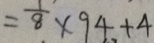
= \frac { 1 } { 8 } \times 9 4 + 4